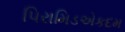
પિરામિડએકદમ